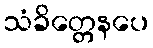
သံခိတ္တေနပေ